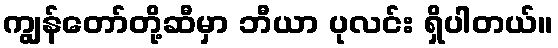
ကျွန်တော်တို့ဆီမှာ ဘီယာ ပုလင်း ရှိပါတယ်။